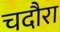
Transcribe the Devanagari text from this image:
चदौरा